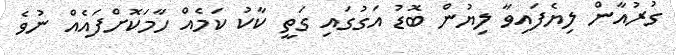
ގުރުއާން ލިޔެފައިވާ ލިޔުން ބޮޑު އަގުގައި ގަތީ ކާކު ކަމެއް ހާމަކޮށްފައެއް ނުވެ